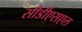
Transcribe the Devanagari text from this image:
सीडीएसएल